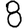
Digit: 8